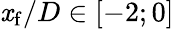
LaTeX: \mathit{x}_{\mathrm{{f}}}/D\in[-2;0]